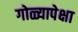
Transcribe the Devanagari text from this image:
गोळ्यापेक्षा